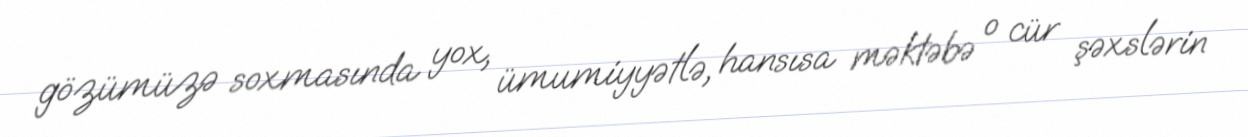
gözümüzə soxmasında yox, ümumiyyətlə, hansısa məktəbə o cür şəxslərin